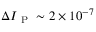
\Delta I _ { \mathrm { ~ P ~ } } \sim 2 \times 1 0 ^ { - 7 }